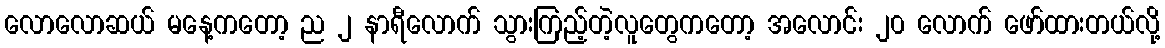
လောလောဆယ် မနေ့ကတော့ ည ၂ နာရီလောက် သွားကြည့်တဲ့လူတွေကတော့ အလောင်း ၂၀ လောက် ဖော်ထားတယ်လို့